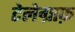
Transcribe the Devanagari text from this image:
टेलेग्राफ़